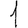
Digit: 1